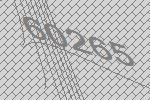
60265